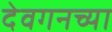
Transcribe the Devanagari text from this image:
देवगनच्या